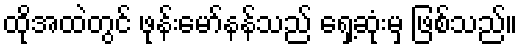
ထိုအထဲတွင် ဖုန်းမော်နန်သည် ရှေ့ဆုံးမှ ဖြစ်သည်။